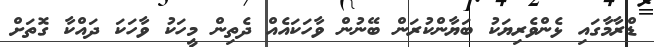
ޑްރާމާގައި ޅެންވެރިޔަކު ބަޔާންކުރަން ބޭނުން ވާހަކައެއް ދެތިން މީހަކު ވާހަކަ ދައްކާ ގޮތަށް